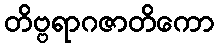
တိဗ္ဗရာဂဇာတိကော